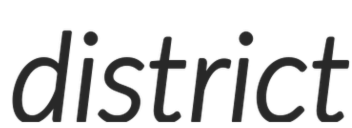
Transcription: district